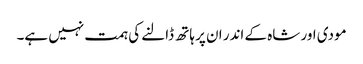
مودی اور شاہ کے اندر ان پر ہاتھ ڈالنے کی ہمت نہیں ہے۔